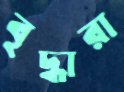
বৃদ্ধারা